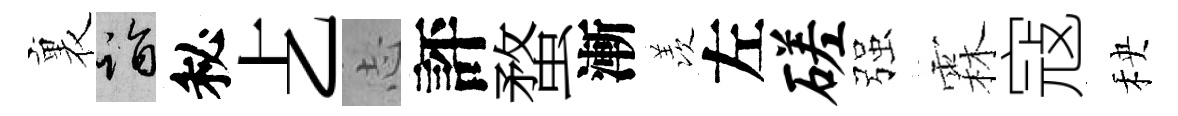
裏诣秘𠧒𢖽評蝥漸羡左磋强霖寇秧